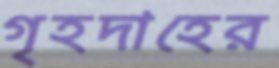
গৃহদাহের